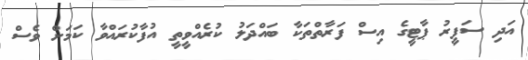
އަދި ސަފީރު ޕާޓީގެ އިސް ފަރާތްތަކާ ބައްދަލު ކުރެއްވީތީ އުފާކުރައްވާ ކަމަށް ވެސް